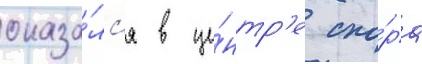
оказа́лс'я в це́нтр'е спо́ра